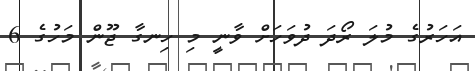
އަހަރުގެ މުލަ ރޯދަ ދުވަހަށް ވާނީ މި ހިނގާ ޖޫން މަހުގެ 6